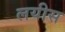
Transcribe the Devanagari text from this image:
लयीस